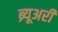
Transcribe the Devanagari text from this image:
ब्र्यूअरी